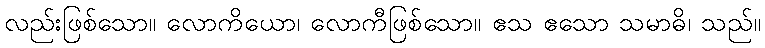
လည်းဖြစ်သော။ လောကိယော၊ လောကီဖြစ်သော။ ဧသ ဧသော သမာဓိ၊ သည်။